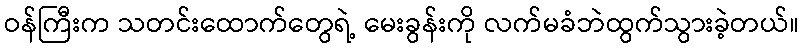
ဝန်ကြီးက သတင်းထောက်တွေရဲ့ မေးခွန်းကို လက်မခံဘဲထွက်သွားခဲ့တယ်။